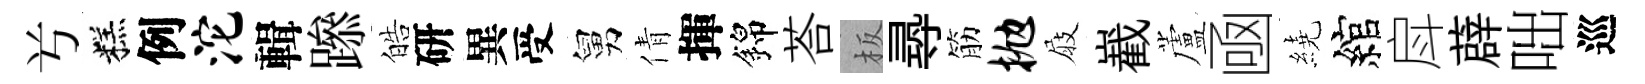
𠔃糕例沱輯𨅶皓研異受舅倩揮錦荅板𡬶筋抛屐嶻蘆凾繞綰戽薜咄巡